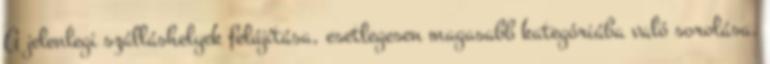
A jelenlegi szálláshelyek felújítása, esetlegesen magasabb kategóriába való sorolása.